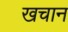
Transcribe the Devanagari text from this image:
खचान